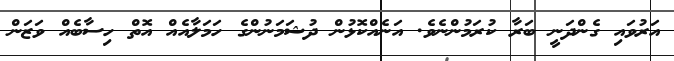
އަރުވައި ގެންދަނީ ބަރާ ކުރަމުންނެވެ. އަނެއްކޮޅުން ދުޝަމަނުންގެ ހަމަލާއެއް އޮތް ހިސާބެއް ވަޒަން